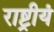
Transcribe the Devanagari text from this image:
राष्ट्रीयं